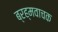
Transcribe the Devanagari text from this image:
ब्रह्मवाचक